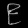
Digit: ၉